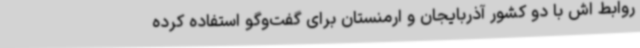
روابط اش با دو کشور آذربایجان و ارمنستان برای گفت‌وگو استفاده کرده